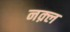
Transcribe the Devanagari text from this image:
नक़्ल